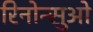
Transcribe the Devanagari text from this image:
रिनोन्सुओ